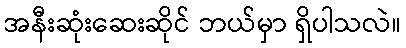
အနီးဆုံးဆေးဆိုင် ဘယ်မှာ ရှိပါသလဲ။